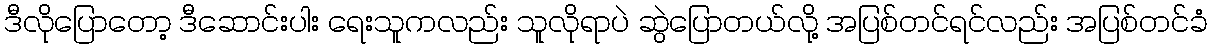
ဒီလိုပြောတော့ ဒီဆောင်းပါး ရေးသူကလည်း သူလိုရာပဲ ဆွဲပြောတယ်လို့ အပြစ်တင်ရင်လည်း အပြစ်တင်ခံ